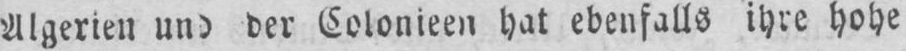
der Colonieen hat ebenfalls ihre hohe